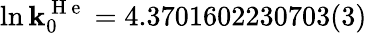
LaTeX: \ln\mathbf{k}_{0}^{\mathrm{{~H~e~}}}=4.3701602230703(3)